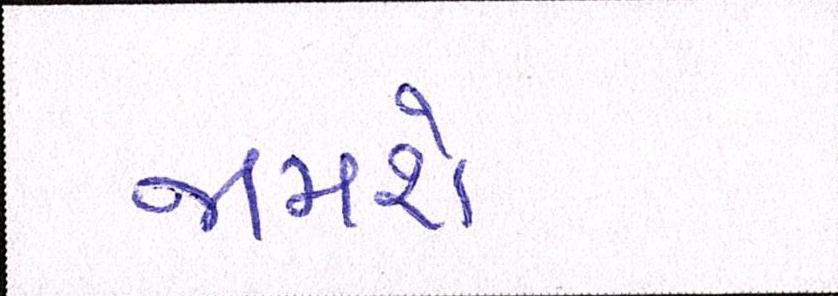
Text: જામશે